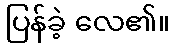
ပြန်ခဲ့ လေ၏။